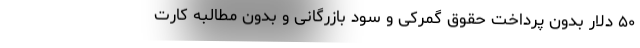
۵۰ دلار بدون پرداخت حقوق گمرکی و سود بازرگانی و بدون مطالبه کارت